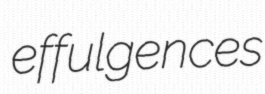
effulgences